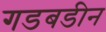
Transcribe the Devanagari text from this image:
गडबडीन